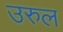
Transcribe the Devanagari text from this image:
उरुल